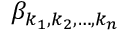
\beta _ { k _ { 1 } , k _ { 2 } , \ldots , k _ { n } }